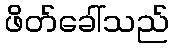
ဖိတ်ခေါ်သည်